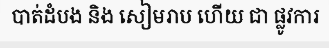
បាត់ដំបង និង សៀមរាប ហើយ ជា ផ្លូវការ